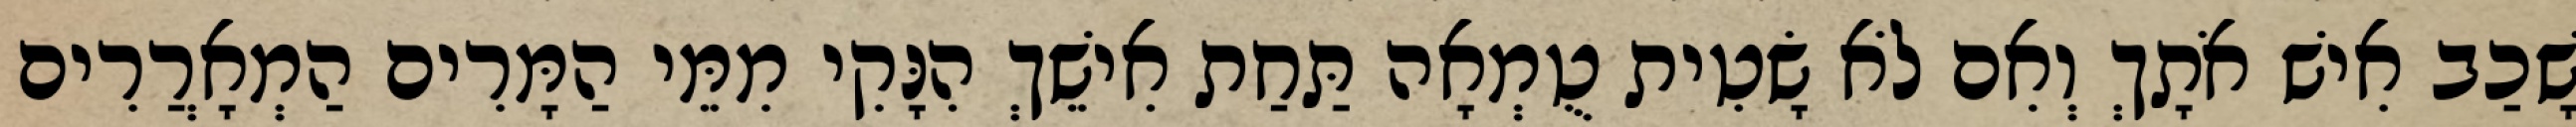
שָׁכַב אִישׁ אֹתָךְ וְאִם לֹא שָׂטִית טֻמְאָה תַּחַת אִישֵׁךְ הִנָּקִי מִמֵּי הַמָּרִים הַמְאָרֲרִים